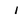
Character: l